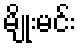
မျိုးမင်း